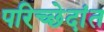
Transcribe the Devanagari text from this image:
परिच्छेदांत